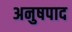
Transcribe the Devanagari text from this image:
अनुषपाद